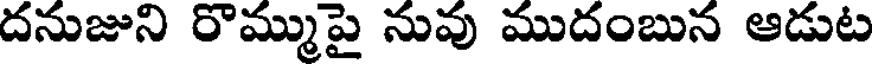
దనుజుని రొమ్ముపై నువు ముదంబున ఆడుట